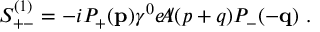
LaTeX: S _ { + - } ^ { ( 1 ) } = - i P _ { + } ( { \bf p } ) \gamma ^ { 0 } e \, \slash \! \! \! \! A ( p + q ) P _ { - } ( - { \bf q } ) \, \, .